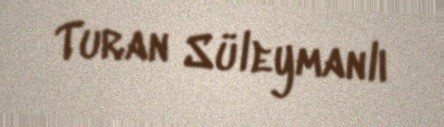
Turan Süleymanlı